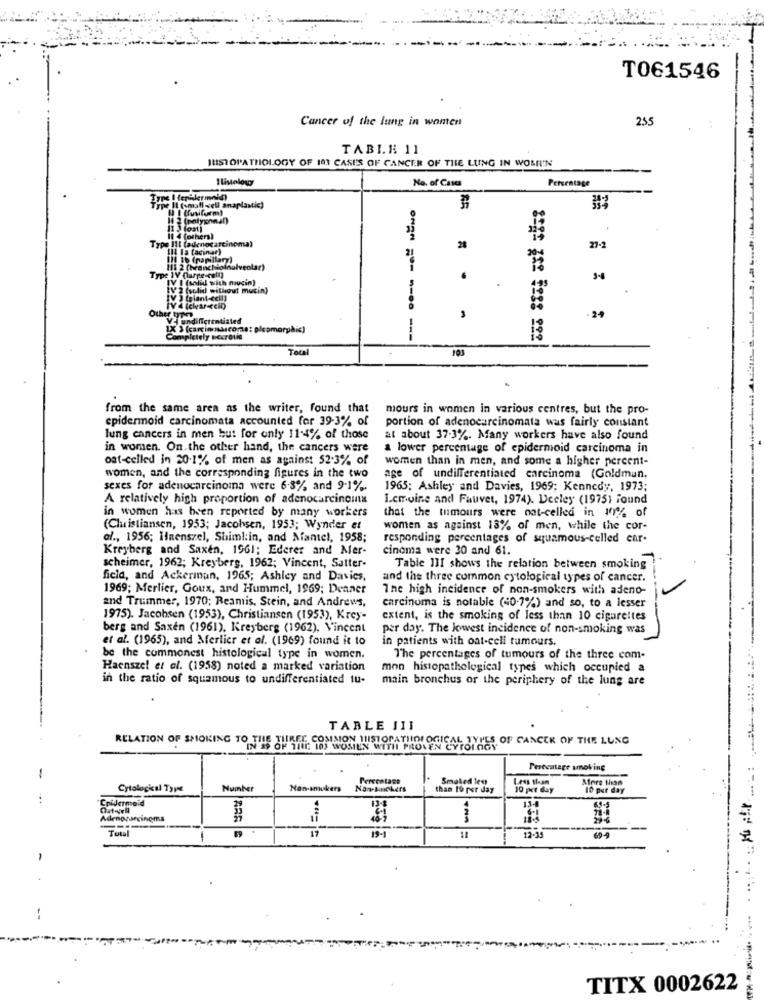
TO61546
Cancer of the lung in women
255
TABLA 11
JUST OPATHOLOGY OF 183 CASES OF CANCER OF THE LUNG IN WOSR'N
Ilistolow
Percentage
No. of Cases
Type II (small vell anaplastic)
Type I (epilermold)
BR
14 2 (rnlyonnal)
11 3 (ost)
Type III (adenocarcinoma)
11 4 (others)
Il Ia (acimar)
28
27-2
111 2 (branchioin
Type 1Y Curre-cell)
IV I (solid with mugin)
IV 2 (solid without mucin)
IV 3 (elant-cell]
TV 4 (chargein)
Other typ
Vi undinierentiated
. 24
1X 3 (carcinomascoma: plomorphic)
Completely Decrotid
Total
103
from the same area as the writer, found that
mours in women in various centres, but the pro-
epidermoid carcinomata accounted for 39-3% of
portion of adenocarcinomata was fairly constant
lung cancers in men but for only 11.4% of those
at about 37.3%. Many workers have also found
in women. On the other hand, the cancers were
a lower percentage of epidermoid carcinoma in
ost-celled in 20.1% of men as against 52.3% of
women than in men, and some a higher percent-
women, and the corresponding figures in the two
age of undifferentiated carcinoma (Goldman,
sexes for adenocarcinoma were 6.3% and 9-1%.
1965; Ashley and Davies, 1969; Kennedy, 1973;
A relatively high proportion of adenocarcinoma
I.cmoine and Fauvet, 1974). Deeley (1975) Found
in women has been reported by many workers
that the tumours were not-celled in 1% of
(Cluistiansen, 1953; Jacobsen, 1953; Wynder et
women as against 13% of men, while the cor-
al ., 1956; Hnenszel, Shimi:in, and Nantel, 1958;
responding percentages of squamous-celled car-
Kreyberg and Saxen, 1961; Ederer and Mer-
cinoma were 30 and 61.
scheimer, 1962; Kreyberg, 1962; Vincent, Satter-
Table III shows the relation between smoking
ficid, and Ackerman, 1965; Ashley and Davies,
and the three common cytological types of cancer.
1969; Merlier, Goux, and Hummel, 1969; Deaner
Ine high incidence of non-smokers with adeno-
and Trummer, 1970; Reamis, Stein, and Andrews,
carcinoma is notable (40-7%) and so, to a lesser
1975). Jacobsen (1953), Christiansen (1953), Krey-
extent, is the smoking of less than 10 cigarettes
berg and Saxen (1961), Kreyberg (1962), Vincent
per day. The lowest incidence of non-smoking was
et al. (1965), and Merlier et al. (1969) found it to
in patients with oat-cell tumours.
be the commonest histological type in women.
The percentages of tumours of the three com-
Haenszel et al. (1958) noted a marked variation
mon histopathological types which occupied a
in the ratio of squamous to undifferentiated tu-
main bronchus or the periphery of the lung are
---
TABLE JII
RELATION OF SMOKING TIN IP OF THE IN WOMEN WITH PROVEN POLICY OF CANCER OF THE LUNG
Percentage smoking
Percentage
Smoked less
Less than
More than
Cytological Type
Number
Non-smokers
Nan-knickers
tham 19 per day
10 per day
10 per day
Cpidermoid
134
Adenoparcinoma
Total
---
69-
17
19-1
12-33
TITX 0002622